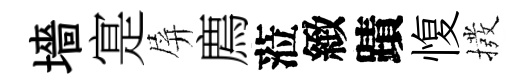
墻寔屏廌蒞緻蹟愎撥